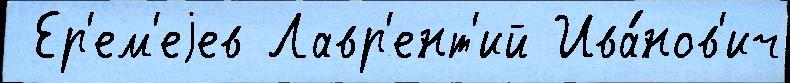
 Ер'ем'еjев Лавр'ент'ий Ива́нов'ич